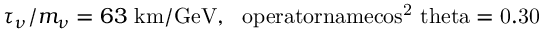
\tau _ { \nu } / m _ { \nu } = 6 3 \mathrm { ~ k m / G e V , \ \ o p e r a t o r n a m e { c o s } ^ { 2 } \ t h e t a = 0 . 3 0 }